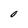
Character: 0